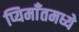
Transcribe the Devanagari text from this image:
प्यिमाँतमध्ये